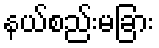
နယ်စည်းမခြား